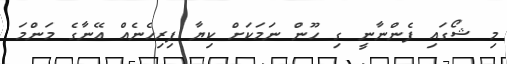
މި ޝޯގައި ފެންނާނީ ގި ހޫން ނަމަކަށް ކިޔާ ފިރިހެނެއް އޭނާގެ މަންމަ